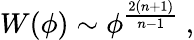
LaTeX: W(\phi)\sim\phi^{\frac{2(n+1)}{n-1}}~,